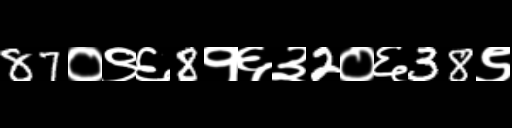
Text: 87०९६8१६३2०६38९